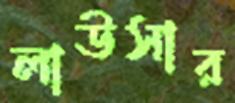
লাউসার